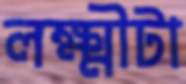
লক্ষ্মীটা